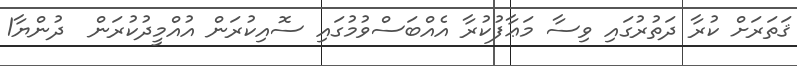
ޤަތަރަށް ކުރާ ދަތުރުގައި ވިސާ މަޢާފުކުރާ އެއްބަސްވުމުގައި ސޮއިކުރަން އުއްމީދުކުރަން  ދުންޔާ1